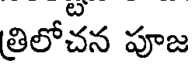
తిలోచన పూజ